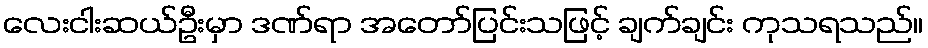
လေးငါးဆယ်ဦးမှာ ဒဏ်ရာ အတော်ပြင်းသဖြင့် ချက်ချင်း ကုသရသည်။